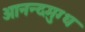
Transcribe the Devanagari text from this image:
आनन्दमुग्ध